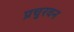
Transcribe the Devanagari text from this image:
प्रचुरवन